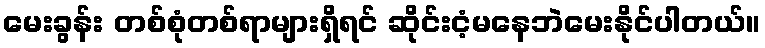
မေးခွန်း တစ်စုံတစ်ရာများရှိရင် ဆိုင်းငံ့မနေဘဲမေးနိုင်ပါတယ်။